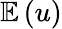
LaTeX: \mathbb E\left(u\right)